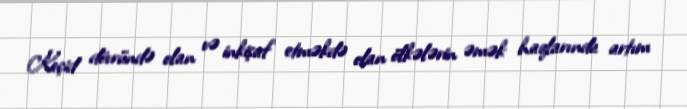
Keçid dövründə olan və inkişaf etməkdə olan ölkələrin əmək haqlarında artım